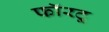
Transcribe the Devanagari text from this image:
फॉरटू